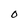
Character: O